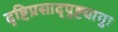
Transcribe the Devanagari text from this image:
दृष्टिप्रसाद्पुष्ट्यायुः